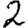
Digit: 2